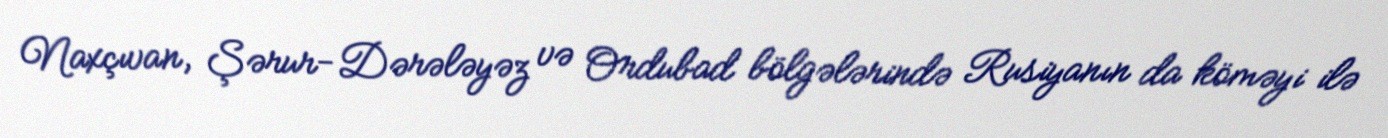
Naxçıvan, Şərur-Dərələyəz və Ordubad bölgələrində Rusiyanın da köməyi ilə